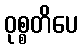
ဝုစ္စတိပေ